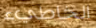
الخاطيء